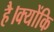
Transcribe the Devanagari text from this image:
है।क्योंकि